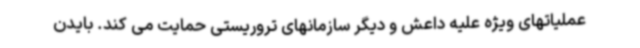
عملیاتهای ویژه علیه داعش و دیگر سازمانهای تروریستی حمایت می کند. بایدن